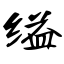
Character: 缢